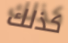
كذلك